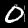
Digit: 0